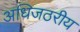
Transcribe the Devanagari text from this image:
अधिजठरीय